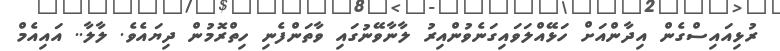
ރުޅިއައިސްގެން އިދާންއަށް ހަޅޭއްލަވައިގަނެވުންއިރު ލާނާވޭނުގައި ވާތަންފެނި ހިތްރޮމުން ދިޔައެވެ. ލާލާ.. އައިއެމް